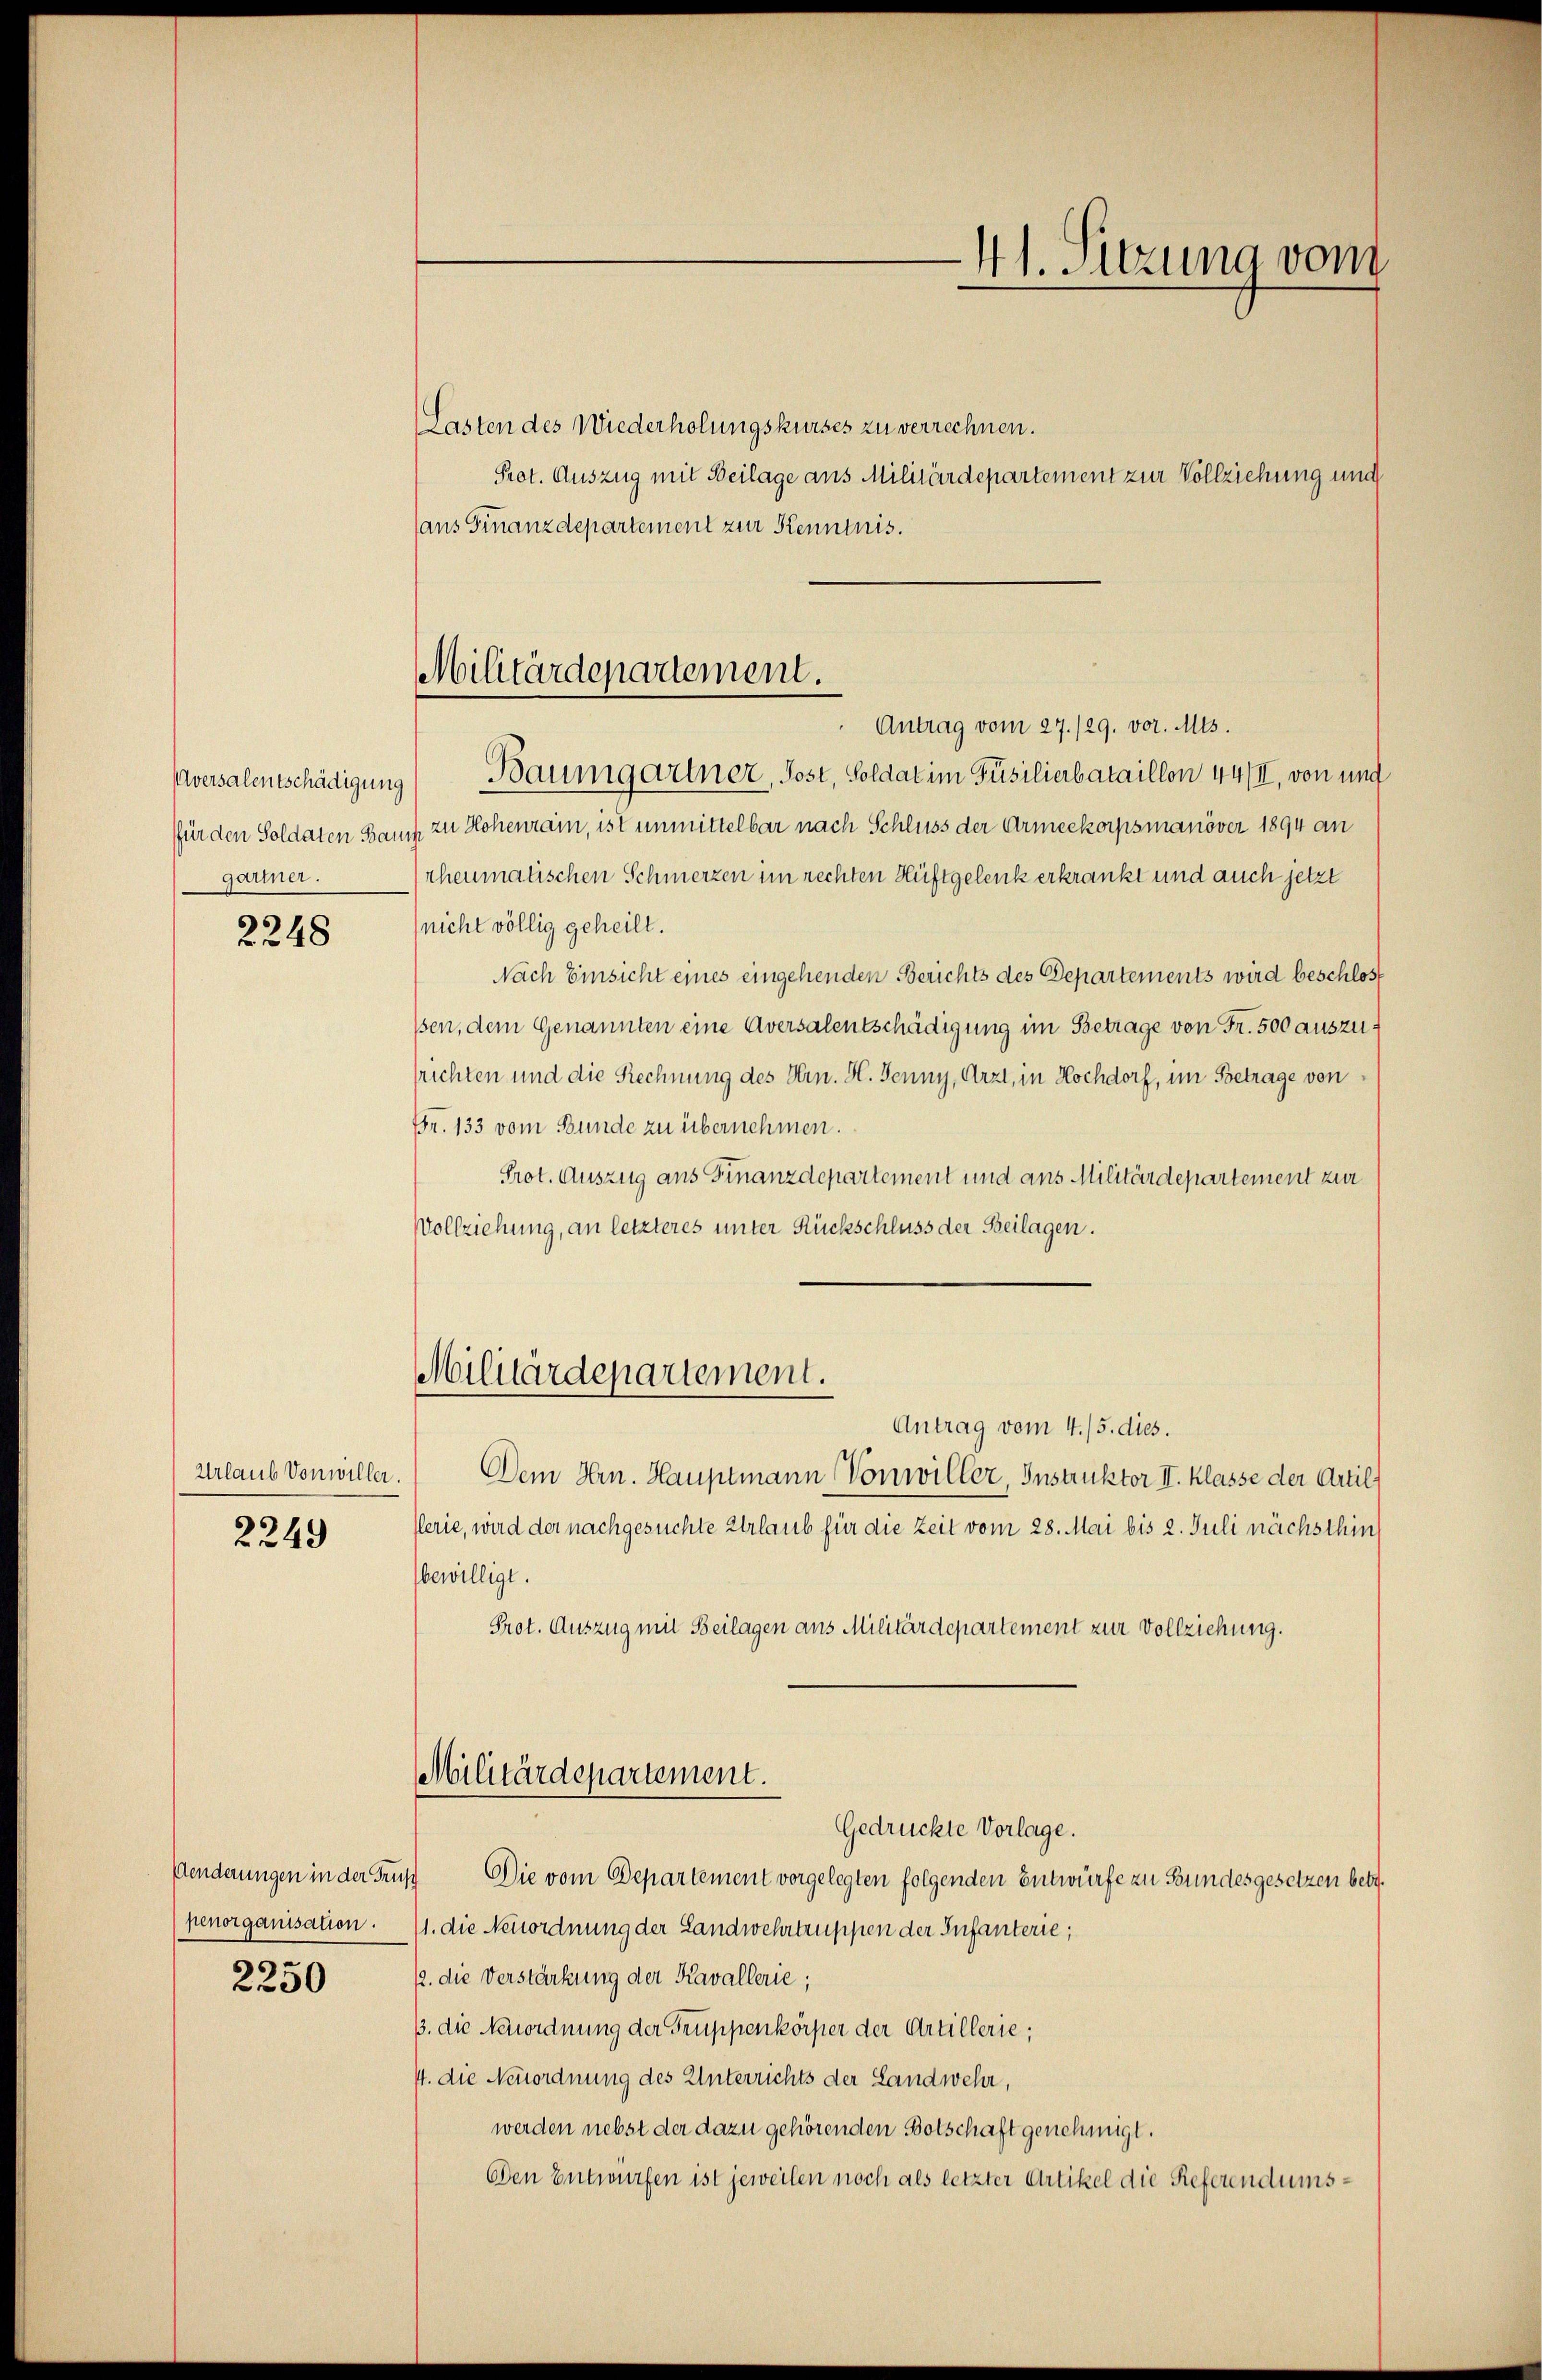
Aversalentschädigung
für den Soldaten Bau
gartner.

2248

Urlaub von willer.
2249

penorganisation.

2250

Militärdepartement.
Antrag vom 27./29. vor. Mts.

Lasten des Wiederholungskurses zu verrechnen.
Prot. Auszug mit Beilage aus Militärdepartement zur Vollziehung und
ans Finanzdepartement zur Kenntnis.
Baumgartner, Post, Soldat im Füsilierbataillon 44/II, von und
ih zu Hohenrain, ist unmittelbar nach Schluss der Armeekorpsmanöver 1894 an
rheumatischen Schmerzen im rechten Hüftgelenk erkrankt und auch jetzt
(nicht völlig geheilt.
Nach Einsicht eines eingehenden Berichts des Departements wird beschlos
ssen, dem Genannten eine Aversalentschädigung im Betrage von Fr. 500 auszusrichten und die Rechnung des Hrn. H. Jenny, Arzt, in Hochdorf, im Betrage von
Fr. 133 vom Bunde zu übernehmen.
Prot. Auszug aus Finanzdepartement und aus Militärdepartement zur
Vollziehung, an letzteres unter Rückschluss der Beilagen.
Militärdepartement.
Antrag vom 4./5. dies.
Dem Hrn. Hauptmann Vonwiller, Instruktor II. Klasse der Artil
flerie, wird der nachgesuchte Urlaub für die Zeit vom 28. Mai bis 2. Juli nächsthin
bewilligt.
Prot. Auszug mit Beilagen aus Militärdepartement zur Vollziehung.
Militärdepartement.
Gedrückte Vorlage.
Aenderungen in der Gruft Die vom Departement vorgelegten folgenden Entwürfe zu Bundesgesetzen betr.
11. die Neuordnung der Landwehrtruppen der Infanterie,
12. die Verstärkung der Kavallerie;
3. die Neuordnung der Gruppenkörper der Artillerie;
4. die Neuordnung des Unterrichts der Landwehr,
werden nebst der dazu gehörenden Botschaft genehmigt.
Den Entwurfen ist jeweilen noch als letzter Artikel die Referendums¬

41. Sitzung vom